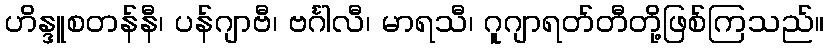
ဟိန္ဒူစတန်နီ၊ ပန်ဂျာဗီ၊ ဗင်္ဂါလီ၊ မာရသီ၊ ဂူဂျာရတ်တီတို့ဖြစ်ကြသည်။